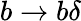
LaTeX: b\to b\delta